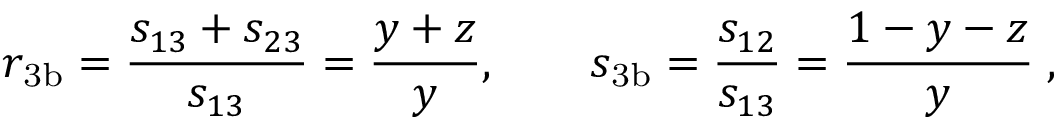
r _ { \mathrm { 3 b } } = \frac { s _ { 1 3 } + s _ { 2 3 } } { s _ { 1 3 } } = \frac { y + z } { y } , \qquad s _ { \mathrm { 3 b } } = \frac { s _ { 1 2 } } { s _ { 1 3 } } = \frac { 1 - y - z } { y } \; ,